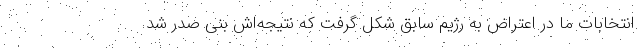
انتخابات ما در اعتراض به رژیم سابق شکل گرفت که نتیجه‌اش بنی صدر شد.